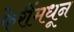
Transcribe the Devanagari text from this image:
फेरींमधून